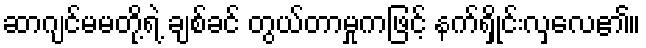
ဆာဂျင်မမတို့ရဲ့ ချစ်ခင် တွယ်တာမှုကဖြင့် နက်ရှိုင်းလှလေ၏။